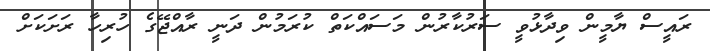
ރައީސް ޔާމީން ވިދާޅުވީ ސަރުކާރުން މަސައްކަތް ކުރަމުން ދަނީ ރާއްޖޭގެ ހުރިހާ ރަށަކަށް